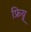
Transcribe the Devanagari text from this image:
फ्रियू